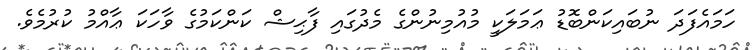
ހަމައެފަދަ ނުބައިކަންބޮޑު ޢަމަލަކީ މުއުމިނުންގެ މެދުގައި ފާޙިޝް ކަންކަމުގެ ވާހަކަ ޢާއްމު ކުރުމެވެ.